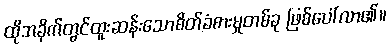
ထိုအခိုက်တွင်ထူးဆန်းသောစိတ်ခံစားမှုတစ်ခု ဖြစ်ပေါ်လာ၏။